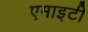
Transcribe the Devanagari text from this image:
एमाइटी